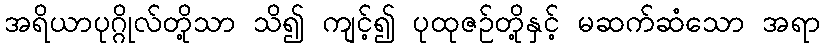
အရိယာပုဂ္ဂိုလ်တို့သာ သိ၍ ကျင့်၍ ပုထုဇဉ်တို့နှင့် မဆက်ဆံသော အရာ